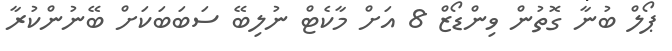
ޕޯލް ބުނާ ގޮތުން ވިންޑޯޒް 8 އަށް މާކެޓް ނުލިބޭ ސަބަބަކަށް ބޭނުންކުރާ